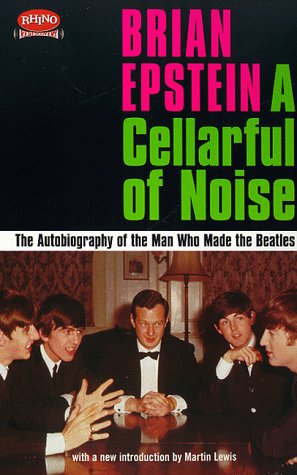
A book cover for A Cellarful of Noise (Rhino Rediscovery); Brian Epstein; Humor & Entertainment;